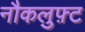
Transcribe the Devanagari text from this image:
नौकलुफ़्ट